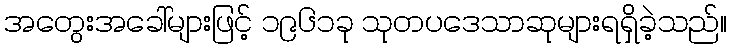
အတွေးအခေါ်များဖြင့် ၁၉၆၁ခု သုတပဒေသာဆုများရရှိခဲ့သည်။